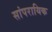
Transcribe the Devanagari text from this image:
सांपरायिक